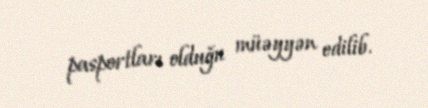
pasportları olduğu müəyyən edilib.